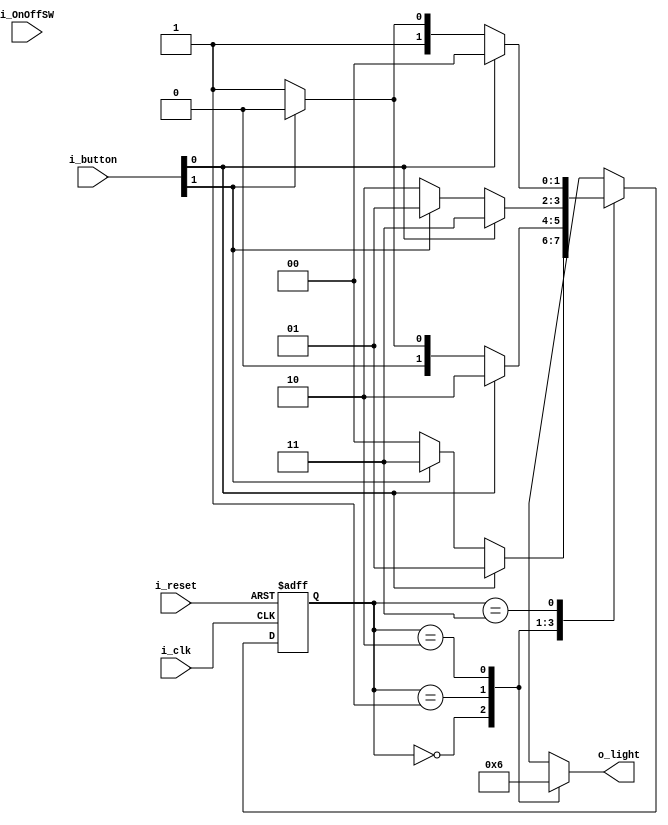
`timescale 1ns / 1ps

module FSM_Light(
    input i_clk,
    input i_reset,
    input [1:0] i_OnOffSW,
    input [1:0] i_button,
    output [1:0] o_light
    );

    parameter S_LED_00 = 2'b00,  // c enum ,  
              S_LED_01 = 2'b01,
              S_LED_10 = 2'b10,
              S_LED_11 = 2'b11;

    reg [1:0]curState, nextState;
    reg [1:0]r_light;

    assign o_light = r_light;

//  
    always @(posedge i_clk or posedge i_reset) begin
        if (i_reset) curState <= S_LED_00;
        else         curState <= nextState;
    end

//  

    always @(curState or i_button) begin
        case (curState)
            S_LED_00 : begin
                if (i_button[0])      nextState <= S_LED_01;
                else if (i_button[1]) nextState <= S_LED_11;
                else                  nextState <= S_LED_00; //       .
            end
            S_LED_01  : begin
                if (i_button[0])      nextState <= S_LED_10;
                else if (i_button[1]) nextState <= S_LED_00;
                else                  nextState <= S_LED_01;
            end
             S_LED_10  : begin
                if (i_button[0])      nextState <= S_LED_11;
                else if (i_button[1]) nextState <= S_LED_01;
                else                  nextState <= S_LED_10;
            end
             S_LED_11  : begin
                if (i_button[0])      nextState <= S_LED_00;
                else if (i_button[1]) nextState <= S_LED_10;
                else                  nextState <= S_LED_11;
            end
           
        endcase
    end

//   
    always @(curState) begin
        r_light <= 2'bxx; // bxx  
        case (curState)
            S_LED_00 : r_light <= 2'b00;
            S_LED_01 : r_light <= 2'b01;
            S_LED_10 : r_light <= 2'b10;  
        endcase
    end

endmodule